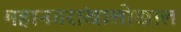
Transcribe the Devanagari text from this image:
महानगरांखालोखाल